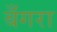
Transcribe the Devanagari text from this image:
बँगरा